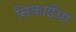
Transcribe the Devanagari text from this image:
निकाईया